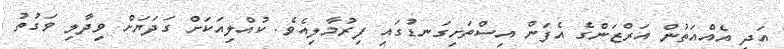
އަދި އެއްއަތުން އަރްޒަންގެ އެފަން އިސްތަށިގަނޑުގައި ފިރުމާލިއެވެ. ކުއްލިއަކަށް ގަދަޔަށް ވިދާލި ވަގުތު